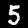
Label: 5